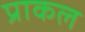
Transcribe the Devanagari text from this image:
प्राकल